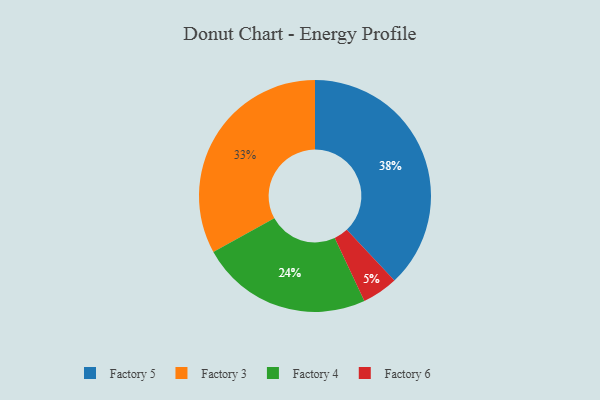
{"axis": {"x": "Category", "y": "Percentage"}, "legend": ["Factory 3", "Factory 4", "Factory 5", "Factory 6"], "data": [{"x": "Factory 3", "y": 33, "type": "Factory 3"}, {"x": "Factory 5", "y": 38, "type": "Factory 5"}, {"x": "Factory 4", "y": 24, "type": "Factory 4"}, {"x": "Factory 6", "y": 5, "type": "Factory 6"}]}